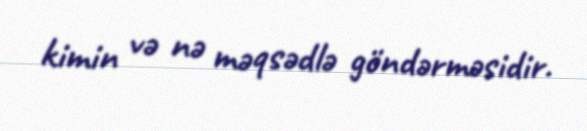
kimin və nə məqsədlə göndərməsidir.